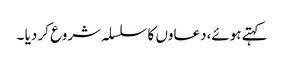
کہتے ہوئے،دعاوں کا سلسلہ شروع کر دیا ۔